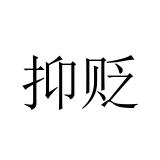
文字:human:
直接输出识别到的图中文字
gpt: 抑贬